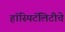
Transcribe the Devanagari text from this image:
हॉस्पिटॅलिटीचे